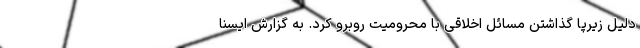
دلیل زیرپا گذاشتن مسائل اخلاقی با محرومیت روبرو کرد. به گزارش ایسنا